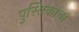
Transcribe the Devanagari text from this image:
पुस्तिकांचा